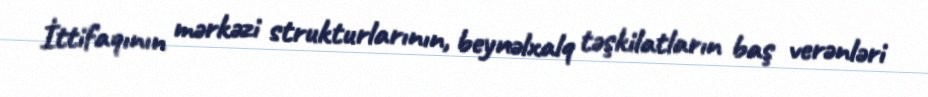
İttifaqının mərkəzi strukturlarının, beynəlxalq təşkilatların baş verənləri